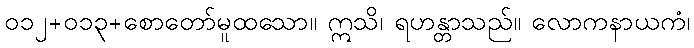
၀၁၂+၀၁၃+စောတော်မူထသော။ ဣသိ၊ ရဟန္တာသည်။ လောကနာယကံ၊